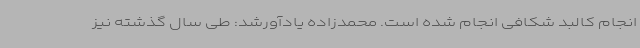
انجام کالبد شکافی انجام شده است. محمدزاده یادآورشد: طی سال گذشته نیز